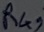
Text: R4